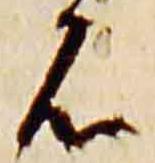
石